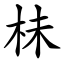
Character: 㭑